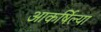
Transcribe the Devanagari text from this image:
आकर्षिल्या